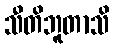
သီတိဘူတာသိ